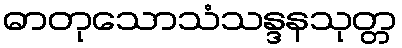
ဓာတုသောသံသန္ဒနသုတ္တ